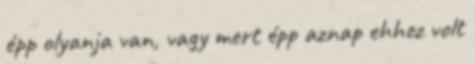
épp olyanja van, vagy mert épp aznap ehhez volt